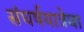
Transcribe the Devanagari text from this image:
संघर्षयात्रेचा